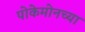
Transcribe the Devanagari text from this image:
पोकेमोनच्या